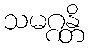
သမဂ္ဂန္တိ